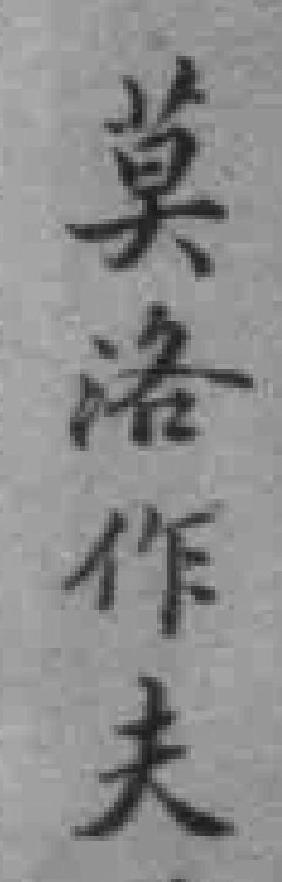
莫洛作夫